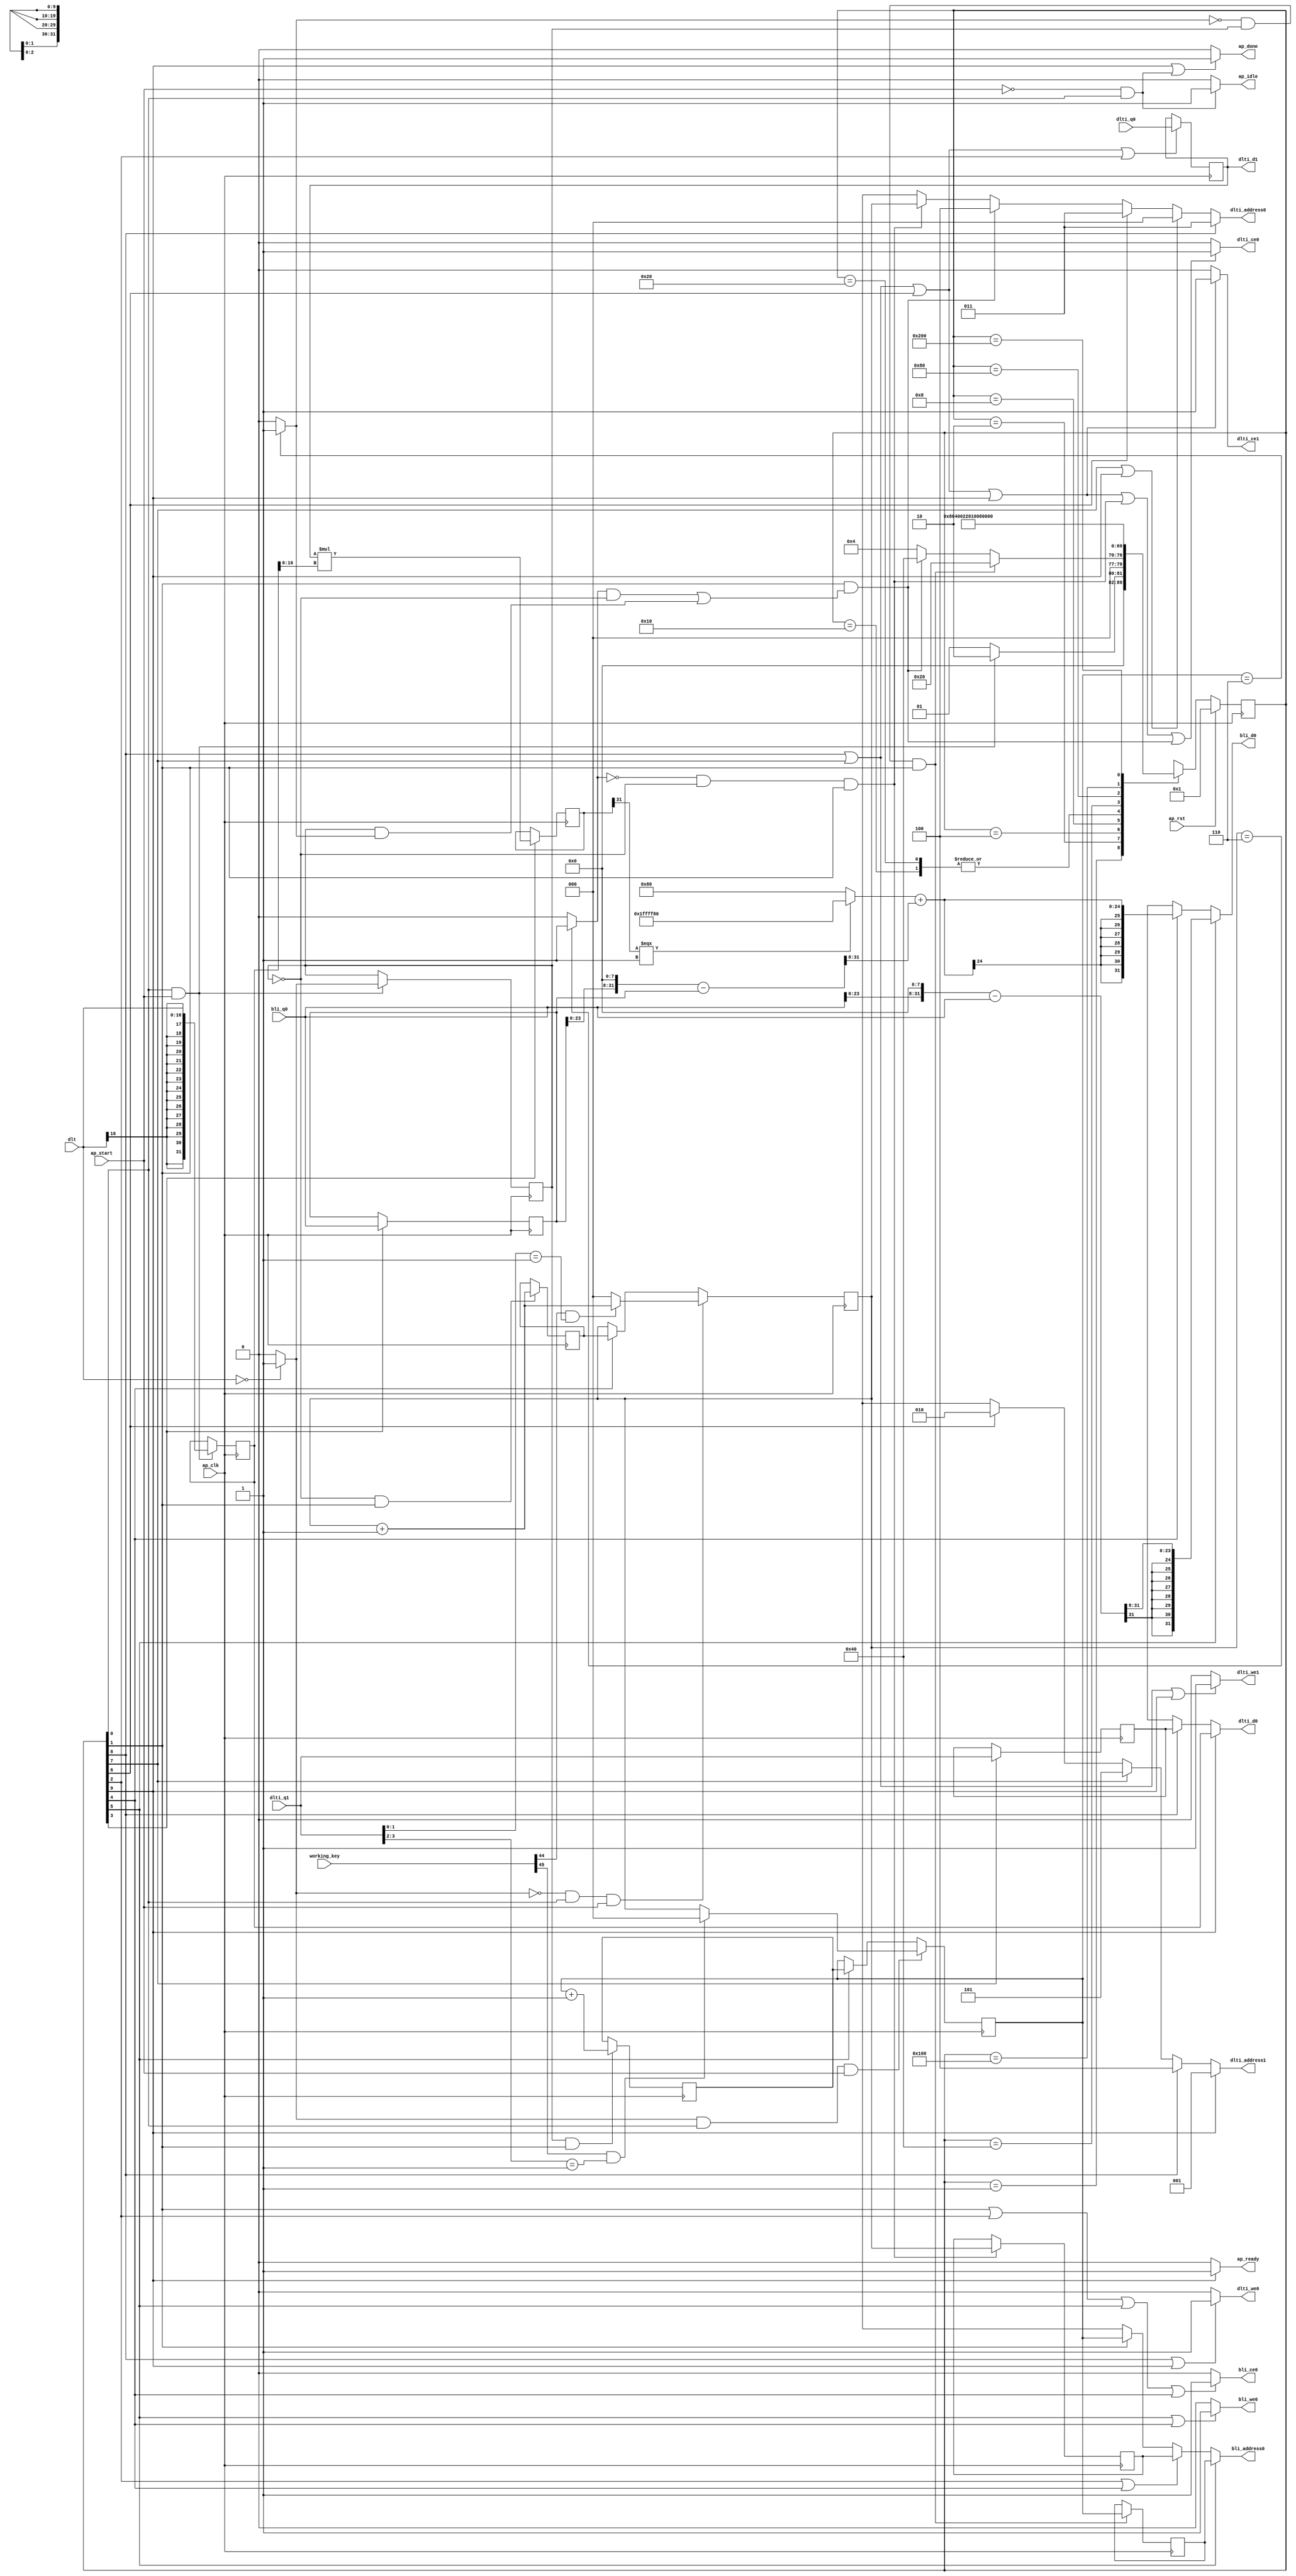

module upzero
(
  ap_clk,
  ap_rst,
  ap_start,
  ap_done,
  ap_idle,
  ap_ready,
  dlt,
  dlti_address0,
  dlti_ce0,
  dlti_we0,
  dlti_d0,
  dlti_q0,
  dlti_address1,
  dlti_ce1,
  dlti_we1,
  dlti_d1,
  dlti_q1,
  bli_address0,
  bli_ce0,
  bli_we0,
  bli_d0,
  bli_q0,
  working_key
);

  parameter ap_ST_fsm_state1 = 10'd1;
  parameter ap_ST_fsm_state2 = 10'd2;
  parameter ap_ST_fsm_state3 = 10'd4;
  parameter ap_ST_fsm_state4 = 10'd8;
  parameter ap_ST_fsm_state5 = 10'd16;
  parameter ap_ST_fsm_state6 = 10'd32;
  parameter ap_ST_fsm_state7 = 10'd64;
  parameter ap_ST_fsm_state8 = 10'd128;
  parameter ap_ST_fsm_state9 = 10'd256;
  parameter ap_ST_fsm_state10 = 10'd512;
  input ap_clk;
  input ap_rst;
  input ap_start;
  input [45:0] working_key;
  output ap_done;
  output ap_idle;
  output ap_ready;
  input [16:0] dlt;
  output [2:0] dlti_address0;
  output dlti_ce0;
  output dlti_we0;
  output [31:0] dlti_d0;
  input [31:0] dlti_q0;
  output [2:0] dlti_address1;
  output dlti_ce1;
  output dlti_we1;
  output [31:0] dlti_d1;
  input [31:0] dlti_q1;
  output [2:0] bli_address0;
  output bli_ce0;
  output bli_we0;
  output [31:0] bli_d0;
  input [31:0] bli_q0;
  reg ap_done;
  reg ap_idle;
  reg ap_ready;
  reg [2:0] dlti_address0;
  reg dlti_ce0;
  reg dlti_we0;
  reg [31:0] dlti_d0;
  reg [2:0] dlti_address1;
  reg dlti_ce1;
  reg dlti_we1;
  reg [2:0] bli_address0;
  reg bli_ce0;
  reg bli_we0;
  reg [31:0] bli_d0;
  reg [9:0] ap_CS_fsm;
  wire ap_CS_fsm_state1;
  reg signed [31:0] reg_162;
  wire ap_CS_fsm_state3;
  wire ap_CS_fsm_state7;
  wire ap_CS_fsm_state8;
  wire ap_CS_fsm_state9;
  wire signed [31:0] dlt_cast1_fu_167_p1;
  reg signed [31:0] dlt_cast1_reg_294;
  wire [0:0] tmp_fu_171_p2;
  reg [0:0] tmp_reg_305;
  wire [2:0] i_3_fu_183_p2;
  reg [2:0] i_3_reg_312;
  wire ap_CS_fsm_state2;
  wire [0:0] exitcond_fu_177_p2;
  reg [2:0] bli_addr_1_reg_322;
  wire [2:0] i_2_fu_201_p2;
  reg [2:0] i_2_reg_330;
  reg [2:0] bli_addr_reg_335;
  wire [0:0] exitcond1_fu_195_p2;
  wire [31:0] tmp_6_fu_212_p2;
  reg [31:0] tmp_6_reg_346;
  wire ap_CS_fsm_state4;
  reg [31:0] bli_load_1_reg_351;
  wire [2:0] dlti_addr_3_reg_357;
  reg [31:0] dlti_load_3_reg_367;
  reg [2:0] i_1_reg_140;
  wire ap_CS_fsm_state5;
  reg [2:0] i_reg_151;
  wire ap_CS_fsm_state6;
  wire [63:0] tmp_5_fu_189_p1;
  wire [63:0] tmp_1_fu_207_p1;
  wire ap_CS_fsm_state10;
  wire signed [31:0] tmp_4_cast_fu_262_p1;
  wire signed [31:0] tmp_3_fu_289_p1;
  wire signed [16:0] dlt_cast1_fu_167_p0;
  wire signed [16:0] tmp_fu_171_p0;
  wire signed [16:0] tmp_6_fu_212_p1;
  wire [0:0] tmp_9_fu_217_p3;
  wire [31:0] tmp_10_fu_232_p2;
  wire [31:0] tmp_s_fu_237_p2;
  wire [23:0] tmp_11_fu_242_p4;
  wire [24:0] tmp_9_cast_cast_fu_224_p3;
  wire signed [24:0] wd3_cast_fu_252_p1;
  wire [24:0] tmp_4_fu_256_p2;
  wire [31:0] tmp_7_fu_267_p2;
  wire [31:0] tmp_2_fu_273_p2;
  wire [23:0] tmp_8_fu_279_p4;
  reg [9:0] ap_NS_fsm;

  initial begin
    #0 ap_CS_fsm = 10'd1;
  end


  always @(posedge ap_clk) begin
    if(ap_rst == 1'b1) begin
      ap_CS_fsm <= ap_ST_fsm_state1;
    end else begin
      ap_CS_fsm <= ap_NS_fsm;
    end
  end


  always @(posedge ap_clk) begin
    if((tmp_fu_171_p2 == 1'd0) & (1'b1 == ap_CS_fsm_state1) & (ap_start == 1'b1)) begin
      if(working_key[44] == 1'b1 & dlti_q1[1:0] ==2'b01) begin
        i_1_reg_140 <= i_3_fu_183_p2;
      end else begin
        i_1_reg_140 <= 3'd0;
      end
    end else if(1'b1 == ap_CS_fsm_state5) begin
      i_1_reg_140 <= i_3_reg_312;
    end 
  end


  always @(posedge ap_clk) begin
    if((tmp_fu_171_p2 == 1'd1) & (1'b1 == ap_CS_fsm_state1) & (ap_start == 1'b1)) begin
      if(working_key[45] == 1'b1 & dlti_q1[3:2] ==2'b01) begin
        i_reg_151 <= 3'd0;
      end else begin
        i_reg_151 <= tmp_5_fu_189_p1;
      end
    end else if(1'b1 == ap_CS_fsm_state6) begin
      i_reg_151 <= i_2_reg_330;
    end 
  end


  always @(posedge ap_clk) begin
    if((exitcond_fu_177_p2 == 1'd0) & (tmp_reg_305 == 1'd0) & (1'b1 == ap_CS_fsm_state2)) begin
      bli_addr_1_reg_322 <= tmp_5_fu_189_p1;
    end 
  end


  always @(posedge ap_clk) begin
    if((exitcond1_fu_195_p2 == 1'd0) & (tmp_reg_305 == 1'd1) & (1'b1 == ap_CS_fsm_state2)) begin
      bli_addr_reg_335 <= tmp_1_fu_207_p1;
    end 
  end


  always @(posedge ap_clk) begin
    if(1'b1 == ap_CS_fsm_state4) begin
      bli_load_1_reg_351 <= bli_q0;
      tmp_6_reg_346 <= tmp_6_fu_212_p2;
    end 
  end


  always @(posedge ap_clk) begin
    if((1'b1 == ap_CS_fsm_state1) & (ap_start == 1'b1)) begin
      dlt_cast1_reg_294 <= dlt_cast1_fu_167_p1;
      tmp_reg_305 <= tmp_fu_171_p2;
    end 
  end


  always @(posedge ap_clk) begin
    if(1'b1 == ap_CS_fsm_state8) begin
      dlti_load_3_reg_367 <= dlti_q1;
    end 
  end


  always @(posedge ap_clk) begin
    if((tmp_reg_305 == 1'd1) & (1'b1 == ap_CS_fsm_state2)) begin
      i_2_reg_330 <= i_2_fu_201_p2;
    end 
  end


  always @(posedge ap_clk) begin
    if((tmp_reg_305 == 1'd0) & (1'b1 == ap_CS_fsm_state2)) begin
      i_3_reg_312 <= i_3_fu_183_p2;
    end 
  end


  always @(posedge ap_clk) begin
    if((1'b1 == ap_CS_fsm_state9) | (1'b1 == ap_CS_fsm_state8) | (1'b1 == ap_CS_fsm_state7) | (1'b1 == ap_CS_fsm_state3)) begin
      reg_162 <= dlti_q0;
    end 
  end


  always @(*) begin
    if((1'b1 == ap_CS_fsm_state10) | (ap_start == 1'b0) & (1'b1 == ap_CS_fsm_state1)) begin
      ap_done = 1'b1;
    end else begin
      ap_done = 1'b0;
    end
  end


  always @(*) begin
    if((ap_start == 1'b0) & (1'b1 == ap_CS_fsm_state1)) begin
      ap_idle = 1'b1;
    end else begin
      ap_idle = 1'b0;
    end
  end


  always @(*) begin
    if(1'b1 == ap_CS_fsm_state10) begin
      ap_ready = 1'b1;
    end else begin
      ap_ready = 1'b0;
    end
  end


  always @(*) begin
    if(1'b1 == ap_CS_fsm_state6) begin
      bli_address0 = bli_addr_reg_335;
    end else if((1'b1 == ap_CS_fsm_state3) | (1'b1 == ap_CS_fsm_state5)) begin
      bli_address0 = bli_addr_1_reg_322;
    end else if(1'b1 == ap_CS_fsm_state2) begin
      bli_address0 = tmp_1_fu_207_p1;
    end else begin
      bli_address0 = 'bx;
    end
  end


  always @(*) begin
    if((1'b1 == ap_CS_fsm_state2) | (1'b1 == ap_CS_fsm_state3) | (1'b1 == ap_CS_fsm_state6) | (1'b1 == ap_CS_fsm_state5)) begin
      bli_ce0 = 1'b1;
    end else begin
      bli_ce0 = 1'b0;
    end
  end


  always @(*) begin
    if(1'b1 == ap_CS_fsm_state6) begin
      bli_d0 = tmp_3_fu_289_p1;
    end else if(1'b1 == ap_CS_fsm_state5) begin
      bli_d0 = tmp_4_cast_fu_262_p1;
    end else begin
      bli_d0 = 'bx;
    end
  end


  always @(*) begin
    if((1'b1 == ap_CS_fsm_state6) | (1'b1 == ap_CS_fsm_state5)) begin
      bli_we0 = 1'b1;
    end else begin
      bli_we0 = 1'b0;
    end
  end


  always @(*) begin
    if(1'b1 == ap_CS_fsm_state9) begin
      dlti_address0 = dlti_addr_3_reg_357;
    end else if((1'b1 == ap_CS_fsm_state8) | (1'b1 == ap_CS_fsm_state10)) begin
      dlti_address0 = 64'd0;
    end else if(1'b1 == ap_CS_fsm_state7) begin
      dlti_address0 = 64'd3;
    end else if((1'b1 == ap_CS_fsm_state2) & ((exitcond_fu_177_p2 == 1'd1) & (tmp_reg_305 == 1'd0) | (tmp_reg_305 == 1'd1) & (exitcond1_fu_195_p2 == 1'd1))) begin
      dlti_address0 = 64'd4;
    end else if((exitcond_fu_177_p2 == 1'd0) & (tmp_reg_305 == 1'd0) & (1'b1 == ap_CS_fsm_state2)) begin
      dlti_address0 = tmp_5_fu_189_p1;
    end else begin
      dlti_address0 = 'bx;
    end
  end


  always @(*) begin
    if(1'b1 == ap_CS_fsm_state10) begin
      dlti_address1 = 64'd1;
    end else if(1'b1 == ap_CS_fsm_state9) begin
      dlti_address1 = 64'd4;
    end else if(1'b1 == ap_CS_fsm_state8) begin
      dlti_address1 = 64'd5;
    end else if(1'b1 == ap_CS_fsm_state7) begin
      dlti_address1 = 64'd2;
    end else begin
      dlti_address1 = 'bx;
    end
  end


  always @(*) begin
    if((1'b1 == ap_CS_fsm_state9) | (1'b1 == ap_CS_fsm_state8) | (1'b1 == ap_CS_fsm_state7) | (1'b1 == ap_CS_fsm_state10) | (exitcond_fu_177_p2 == 1'd0) & (tmp_reg_305 == 1'd0) & (1'b1 == ap_CS_fsm_state2) | (1'b1 == ap_CS_fsm_state2) & ((exitcond_fu_177_p2 == 1'd1) & (tmp_reg_305 == 1'd0) | (tmp_reg_305 == 1'd1) & (exitcond1_fu_195_p2 == 1'd1))) begin
      dlti_ce0 = 1'b1;
    end else begin
      dlti_ce0 = 1'b0;
    end
  end


  always @(*) begin
    if((1'b1 == ap_CS_fsm_state9) | (1'b1 == ap_CS_fsm_state8) | (1'b1 == ap_CS_fsm_state7) | (1'b1 == ap_CS_fsm_state10)) begin
      dlti_ce1 = 1'b1;
    end else begin
      dlti_ce1 = 1'b0;
    end
  end


  always @(*) begin
    if(1'b1 == ap_CS_fsm_state10) begin
      dlti_d0 = dlt_cast1_reg_294;
    end else if(1'b1 == ap_CS_fsm_state9) begin
      dlti_d0 = dlti_load_3_reg_367;
    end else begin
      dlti_d0 = 'bx;
    end
  end


  always @(*) begin
    if((1'b1 == ap_CS_fsm_state9) | (1'b1 == ap_CS_fsm_state10)) begin
      dlti_we0 = 1'b1;
    end else begin
      dlti_we0 = 1'b0;
    end
  end


  always @(*) begin
    if((1'b1 == ap_CS_fsm_state9) | (1'b1 == ap_CS_fsm_state8) | (1'b1 == ap_CS_fsm_state10)) begin
      dlti_we1 = 1'b1;
    end else begin
      dlti_we1 = 1'b0;
    end
  end


  always @(*) begin
    case(ap_CS_fsm)
      ap_ST_fsm_state1: begin
        if((1'b1 == ap_CS_fsm_state1) & (ap_start == 1'b1)) begin
          ap_NS_fsm = ap_ST_fsm_state2;
        end else begin
          ap_NS_fsm = ap_ST_fsm_state1;
        end
      end
      ap_ST_fsm_state2: begin
        if((exitcond1_fu_195_p2 == 1'd0) & (tmp_reg_305 == 1'd1) & (1'b1 == ap_CS_fsm_state2)) begin
          ap_NS_fsm = ap_ST_fsm_state6;
        end else if((1'b1 == ap_CS_fsm_state2) & ((exitcond_fu_177_p2 == 1'd1) & (tmp_reg_305 == 1'd0) | (tmp_reg_305 == 1'd1) & (exitcond1_fu_195_p2 == 1'd1))) begin
          ap_NS_fsm = ap_ST_fsm_state7;
        end else begin
          ap_NS_fsm = ap_ST_fsm_state3;
        end
      end
      ap_ST_fsm_state3: begin
        ap_NS_fsm = ap_ST_fsm_state4;
      end
      ap_ST_fsm_state4: begin
        ap_NS_fsm = ap_ST_fsm_state5;
      end
      ap_ST_fsm_state5: begin
        ap_NS_fsm = ap_ST_fsm_state2;
      end
      ap_ST_fsm_state6: begin
        ap_NS_fsm = ap_ST_fsm_state2;
      end
      ap_ST_fsm_state7: begin
        ap_NS_fsm = ap_ST_fsm_state8;
      end
      ap_ST_fsm_state8: begin
        ap_NS_fsm = ap_ST_fsm_state9;
      end
      ap_ST_fsm_state9: begin
        ap_NS_fsm = ap_ST_fsm_state10;
      end
      ap_ST_fsm_state10: begin
        ap_NS_fsm = ap_ST_fsm_state1;
      end
      default: begin
        ap_NS_fsm = 'bx;
      end
    endcase
  end

  assign ap_CS_fsm_state1 = ap_CS_fsm[32'd0];
  assign ap_CS_fsm_state10 = ap_CS_fsm[32'd9];
  assign ap_CS_fsm_state2 = ap_CS_fsm[32'd1];
  assign ap_CS_fsm_state3 = ap_CS_fsm[32'd2];
  assign ap_CS_fsm_state4 = ap_CS_fsm[32'd3];
  assign ap_CS_fsm_state5 = ap_CS_fsm[32'd4];
  assign ap_CS_fsm_state6 = ap_CS_fsm[32'd5];
  assign ap_CS_fsm_state7 = ap_CS_fsm[32'd6];
  assign ap_CS_fsm_state8 = ap_CS_fsm[32'd7];
  assign ap_CS_fsm_state9 = ap_CS_fsm[32'd8];
  assign dlt_cast1_fu_167_p0 = dlt;
  assign dlt_cast1_fu_167_p1 = dlt_cast1_fu_167_p0;
  assign dlti_addr_3_reg_357 = 64'd3;
  assign dlti_d1 = reg_162;
  assign exitcond1_fu_195_p2 = (i_reg_151 == 3'd6)? 1'b1 : 1'b0;
  assign exitcond_fu_177_p2 = (i_1_reg_140 == 3'd6)? 1'b1 : 1'b0;
  assign i_2_fu_201_p2 = i_reg_151 + 3'd1;
  assign i_3_fu_183_p2 = i_1_reg_140 + 3'd1;
  assign tmp_10_fu_232_p2 = bli_load_1_reg_351 << 32'd8;
  assign tmp_11_fu_242_p4 = { { tmp_s_fu_237_p2[31:8] } };
  assign tmp_1_fu_207_p1 = i_reg_151;
  assign tmp_2_fu_273_p2 = tmp_7_fu_267_p2 - bli_q0;
  assign tmp_3_fu_289_p1 = $signed(tmp_8_fu_279_p4);
  assign tmp_4_cast_fu_262_p1 = $signed(tmp_4_fu_256_p2);
  assign tmp_4_fu_256_p2 = $signed(tmp_9_cast_cast_fu_224_p3) + $signed(wd3_cast_fu_252_p1);
  assign tmp_5_fu_189_p1 = i_1_reg_140;
  assign tmp_6_fu_212_p1 = dlt_cast1_reg_294;
  assign tmp_6_fu_212_p2 = $signed(reg_162) * $signed(tmp_6_fu_212_p1);
  assign tmp_7_fu_267_p2 = bli_q0 << 32'd8;
  assign tmp_8_fu_279_p4 = { { tmp_2_fu_273_p2[31:8] } };
  assign tmp_9_cast_cast_fu_224_p3 = (tmp_9_fu_217_p3[0:0] === 1'b1)? 25'd33554304 : 25'd128;
  assign tmp_9_fu_217_p3 = tmp_6_reg_346[32'd31];
  assign tmp_fu_171_p0 = dlt;
  assign tmp_fu_171_p2 = (tmp_fu_171_p0 == 17'd0)? 1'b1 : 1'b0;
  assign tmp_s_fu_237_p2 = tmp_10_fu_232_p2 - bli_load_1_reg_351;
  assign wd3_cast_fu_252_p1 = $signed(tmp_11_fu_242_p4);

endmodule